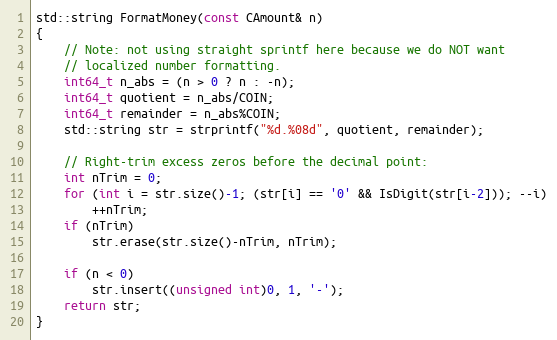
Language: C++
std::string FormatMoney(const CAmount& n)
{
    // Note: not using straight sprintf here because we do NOT want
    // localized number formatting.
    int64_t n_abs = (n > 0 ? n : -n);
    int64_t quotient = n_abs/COIN;
    int64_t remainder = n_abs%COIN;
    std::string str = strprintf("%d.%08d", quotient, remainder);

    // Right-trim excess zeros before the decimal point:
    int nTrim = 0;
    for (int i = str.size()-1; (str[i] == '0' && IsDigit(str[i-2])); --i)
        ++nTrim;
    if (nTrim)
        str.erase(str.size()-nTrim, nTrim);

    if (n < 0)
        str.insert((unsigned int)0, 1, '-');
    return str;
}